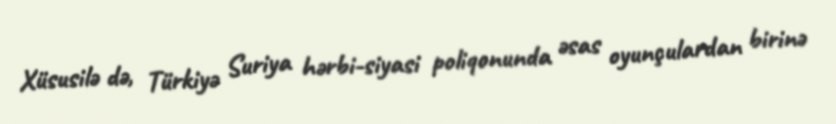
Xüsusilə də, Türkiyə Suriya hərbi-siyasi poliqonunda əsas oyunçulardan birinə